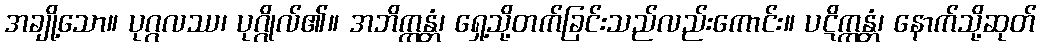
အချို့သော။ ပုဂ္ဂလဿ၊ ပုဂ္ဂိုလ်၏။ အဘိက္ကန္တံ၊ ရှေ့သို့တက်ခြင်းသည်လည်းကောင်း။ ပဋိက္ကန္တံ၊ နောက်သို့ဆုတ်